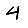
Digit: 4